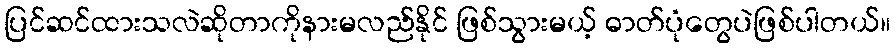
ပြင်ဆင်ထားသလဲဆိုတာကိုနားမလည်နိုင် ဖြစ်သွားမယ့် ဓာတ်ပုံတွေပဲဖြစ်ပါတယ်။